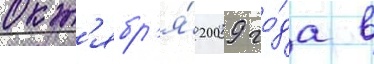
окт'ябр'я́ 2009 го́да в